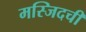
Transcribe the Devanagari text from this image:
मस्जिदची